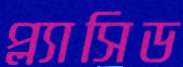
প্ল্যাসিড